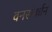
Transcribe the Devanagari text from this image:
वनसंवर्धन